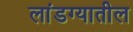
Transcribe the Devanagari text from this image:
लांडग्यातील